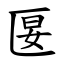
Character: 匽